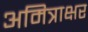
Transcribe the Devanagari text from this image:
अमित्राक्षर